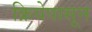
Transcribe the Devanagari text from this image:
क्रियेपासून